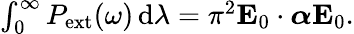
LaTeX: \begin{array}{r}{\int_{0}^{\infty}P_{\mathrm{ext}}(\omega)\, \mathrm{d}\lambda=\pi^{2}\mathbf{E}_{0}\cdot\boldsymbol{\alpha}\mathbf{E}_{0}.}\end{array}